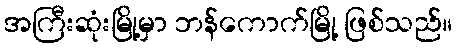
အကြီးဆုံးမြို့မှာ ဘန်ကောက်မြို့ ဖြစ်သည်။